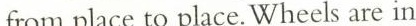
from place to place. Wheels are in